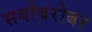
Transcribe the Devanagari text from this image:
सर्वाबरोबर